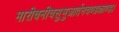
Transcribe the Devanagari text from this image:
मारीचनीचसुभुजार्दनचण्डकाण्ड।